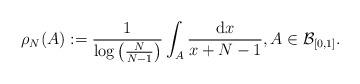
LaTeX: \begin{align*} \rho_N (A) :=\frac{1}{\log \left(\frac{N}{N-1}\right)} \int_{A} \frac{\mathrm{d}x}{x+N-1}, A \in {\mathcal{B}}_{[0,1]}.\end{align*}